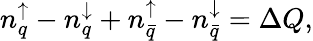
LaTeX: n_{q}^{\uparrow}-n_{q}^{\downarrow}+n_{\bar{q}}^{\uparrow}-n_{\bar{q}}^{\downarrow}=\Delta Q,